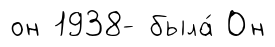
он 1938- была́ Он